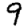
Digit: 9